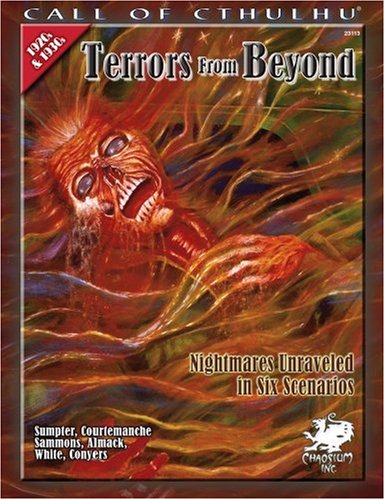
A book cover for Terrors From Beyond: Nightmares Unraveled in Six Scenarios (Call of Cthulhu Horror Roleplaying) (Call of Cthulhu Roleplaying); Gary Sumpter; Science Fiction & Fantasy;